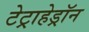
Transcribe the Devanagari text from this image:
टेट्राहेड्रॉन